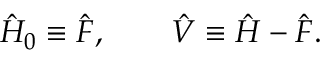
{ \hat { H } } _ { 0 } \equiv { \hat { F } } , \qquad { \hat { V } } \equiv { \hat { H } } - { \hat { F } } .